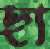
ছা